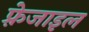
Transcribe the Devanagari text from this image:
फ़्रेजाइल